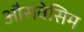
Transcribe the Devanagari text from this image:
औसवेसिम